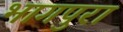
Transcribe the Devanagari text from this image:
भागपुरा